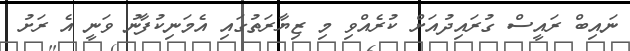
ނައިބް ރައީސް ގުރައިދުއަށް ކުރެއްވި މި ޒިޔާރަތުގައި އެމަނިކުފާނު ވަނީ އެ ރަށު